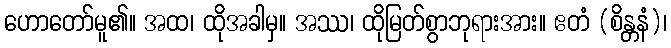
ဟောတော်မူ၏။ အထ၊ ထိုအခါမှ။ အဿ၊ ထိုမြတ်စွာဘုရားအား။ ဧတံ (စိန္တနံ)၊